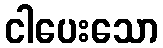
ငါပေးသော